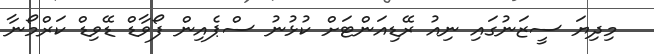
މިދިޔަ ސީޒަނުގައި ނިއު ރޭޑިއަންޓަށް ކުޅުނު ސްޕެއިން ފޯވާޑް ޑޭވިޑް ކަރްމޯނާ